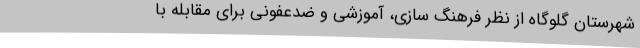
شهرستان گلوگاه از نظر فرهنگ سازی، آموزشی و ضدعفونی برای مقابله با